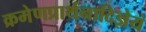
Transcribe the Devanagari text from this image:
क्रमेणप्रार्थनादिज्ञेयं